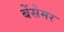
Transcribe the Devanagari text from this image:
बेंसेमर